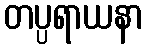
တပ္ပရာယနာ